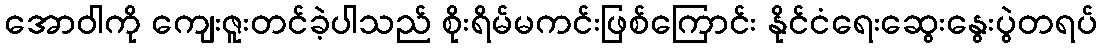
အောဝါကို ကျေးဇူးတင်ခဲ့ပါသည် စိုးရိမ်မကင်းဖြစ်ကြောင်း နိုင်ငံရေးဆွေးနွေးပွဲတရပ်